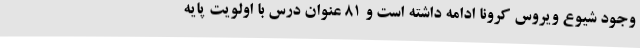
وجود شیوع ویروس کرونا ادامه داشته است و 81 عنوان درس با اولویت پایه